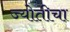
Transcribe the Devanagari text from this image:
ज्योतीचा